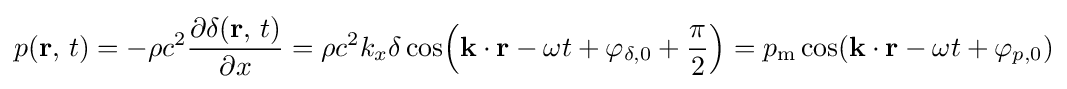
p(\mathbf {r} ,\,t)=-\rho c^{2}{\frac {\partial \delta (\mathbf {r} ,\,t)}{\partial x}}=\rho c^{2}k_{x}\delta \cos \!\left(\mathbf {k} \cdot \mathbf {r} -\omega t+\varphi _{\delta ,0}+{\frac {\pi }{2}}\right)=p_{\mathrm {m} }\cos(\mathbf {k} \cdot \mathbf {r} -\omega t+\varphi _{p,0})